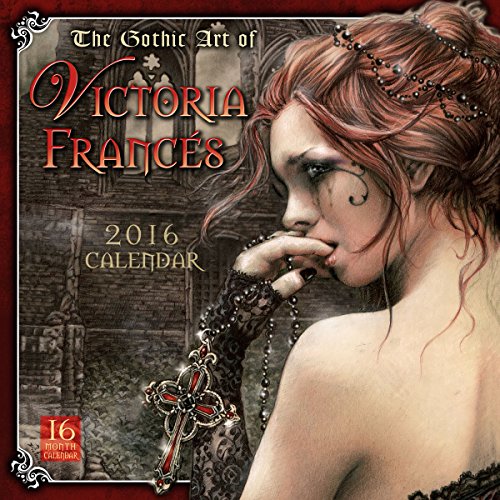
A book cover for Gothic Art of Victoria FrancÃ©s 2016 Wall Calendar; Victoria FrancÃ©s; Calendars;